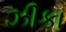
ઝીકા